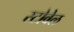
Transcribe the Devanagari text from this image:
स्टोवेल